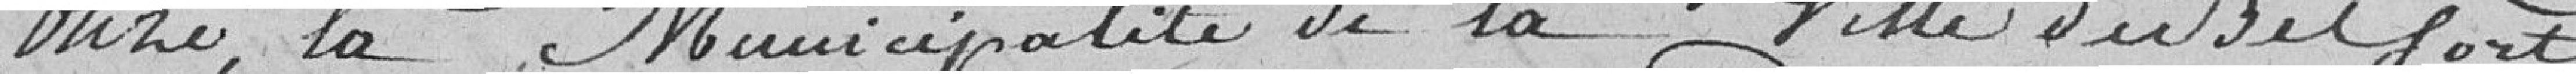
onze, la Municipalité de la Ville de Belfort,